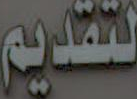
لتقديم